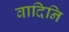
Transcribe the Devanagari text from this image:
वादिनि